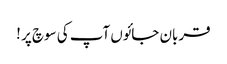
قربان جائوں آپ کی سوچ پر !